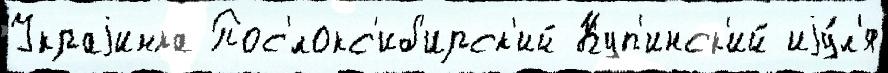
Украjинка Пос'́локс'иб'ирск'ий Куп'инск'ий иjу́л'я